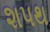
શપથ